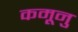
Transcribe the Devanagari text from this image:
कमूनु